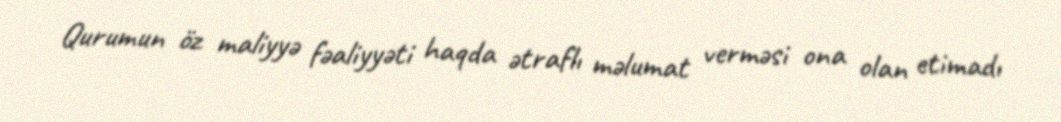
Qurumun öz maliyyə fəaliyyəti haqda ətraflı məlumat verməsi ona olan etimadı